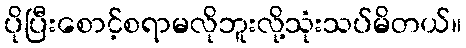
ပိုပြီးစောင့်စရာမလိုဘူးလို့သုံးသပ်မိတယ်။